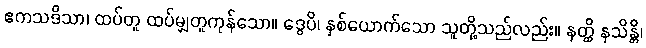
ဧကသဒိသာ၊ ထပ်တူ ထပ်မျှတူကုန်သော။ ဒွေပိ၊ နှစ်ယောက်သော သူတို့သည်လည်း။ နတ္ထိ နသိန္တိ၊